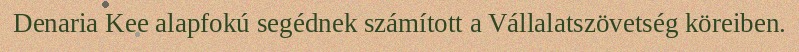
Denaria Kee alapfokú segédnek számított a Vállalatszövetség köreiben.